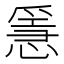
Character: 㥯